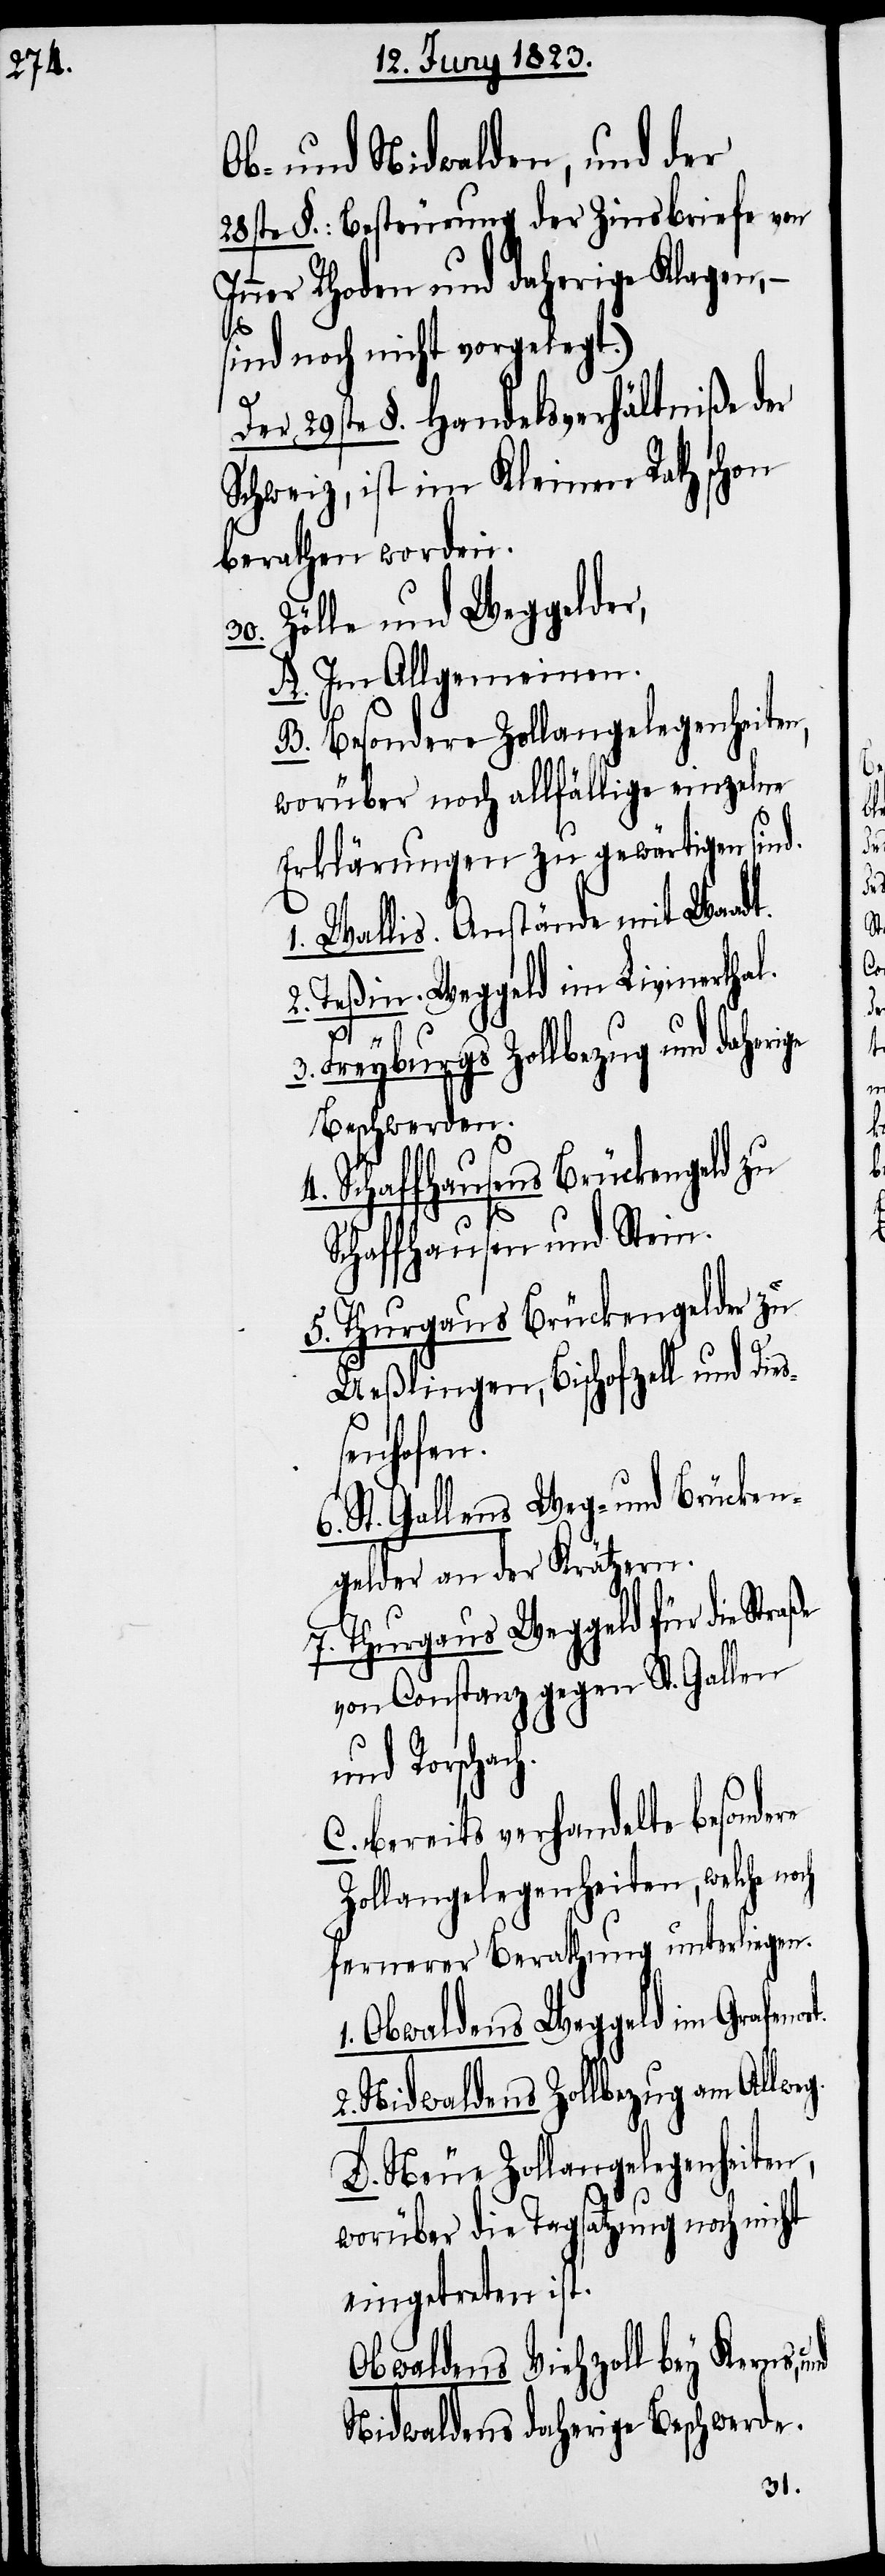
Ob- und Nidwalden, und der
28ste §.: Besteurung der Zinsbriefe von
Inner Rhoden und daherige Klagen, –
ort.
sind noch nicht vorgelegt.)
Der 29ste §. Handelsverhältniße der
Schweiz, ist im Kleinen Rath schon
berathen worden.
30. Zölle und Weggelder,
A. Im Allgemeinen.
B. Besondere Zollangelegenheiten,
worüber noch allfällige einzelne
Erklärungen zu gewärtigen sin¬
1. Wallis. Anstände mit Waadt.
2. Teßin. Weggeld im Livinerthal.
h.
3. Freyburgs Zollbezug und daherige
Beschwerden.
Schaffhausens Brückengeld zu
Schaffhausen und Stein.
5. Thurgaus Brückengelder zu
Ueßlingen, Bischofzell und Dieß¬
enhofen.
d.
6. St. Gallens Weg- und Brücken¬
gelder an der Krätzern.
7. Thurgaus Weggeld für die Str¬
von Constanz gegen St. Gallen
und Rorschac¬
C. bereits verhandelte besondere
Zollangelegenheiten, welche n¬
fernerer Berathung unterliegen.
Obwaldens Weggeld im Grafen¬
2. Nidwaldens Zollbezug am Allweg.
D. Neue Zollangelegenheiten,
worüber die Tagsatzung noch nicht
eingetreten ist.
Obwaldens Viehzoll bey Kerns,
Nidwaldens daherige Beschwerde.